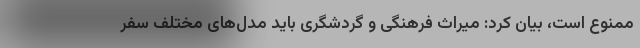
ممنوع است، بیان کرد: میراث فرهنگی و گردشگری باید مدل‌های مختلف سفر